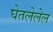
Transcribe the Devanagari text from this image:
घेतलेलेल